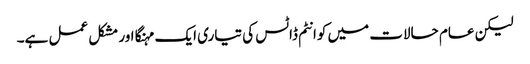
لیکن عام حالات میں کوانٹم ڈاٹس کی تیاری ایک مہنگا اور مشکل عمل ہے۔